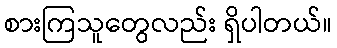
စားကြသူတွေလည်း ရှိပါတယ်။